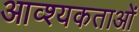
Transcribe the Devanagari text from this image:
आव्श्यकताओं